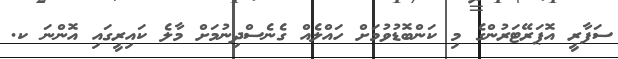
ސަފާރީ އޮޕަރޭޓަރުންގެ މި ކަންބޮޑުވުމަށް ހައްލެއް ގެނެސްދިނުމަށް މާލެ ކައިރީގައި އޮންނަ ކ.